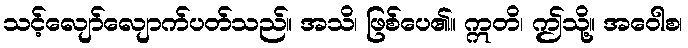
သင့်လျော်လျောက်ပတ်သည်။ အသိ၊ ဖြစ်ပေ၏။ ဣတိ၊ ဤသို့။ အဝေါစ၊